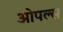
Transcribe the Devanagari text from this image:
ओपल्स